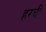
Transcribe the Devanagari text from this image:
हरबी